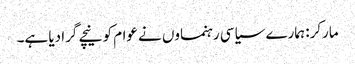
مارکر: ہمارے سیاسی رہنماوں نے عوام کو نیچے گرا دیا ہے۔